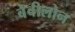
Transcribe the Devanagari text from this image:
बेवीलोन